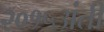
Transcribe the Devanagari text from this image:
२०१५अंती